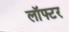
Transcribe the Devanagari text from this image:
लॉफ्टर